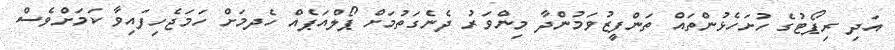
އަދި ރިޕޯޓުގެ ހުށަހެޅުންތައް ތަންފީޒުވަމުންދާ މިންވަރު ދެނެގަތުމަށް ޕޯލްއަޕެއް ހެދމަށް ހަމަޖެހިފައިވާ ކަމަށްވެސް